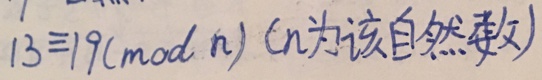
1 3 \equiv 1 9 ( m o d n ) ( n 为 该 自 然 数 )